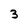
Character: 3